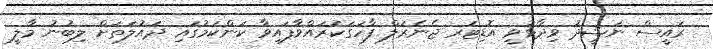
ރައީސް ނަޝީދު ވިދާޅުވީ އޮޑިޓަރ ޖެނެރަލް ފާހަގަކުރައްވާފައިވާ ކަންކަމުގައި ދައުލަތަށް ލިބުނު މާލީ